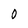
Character: 0